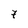
Character: 7